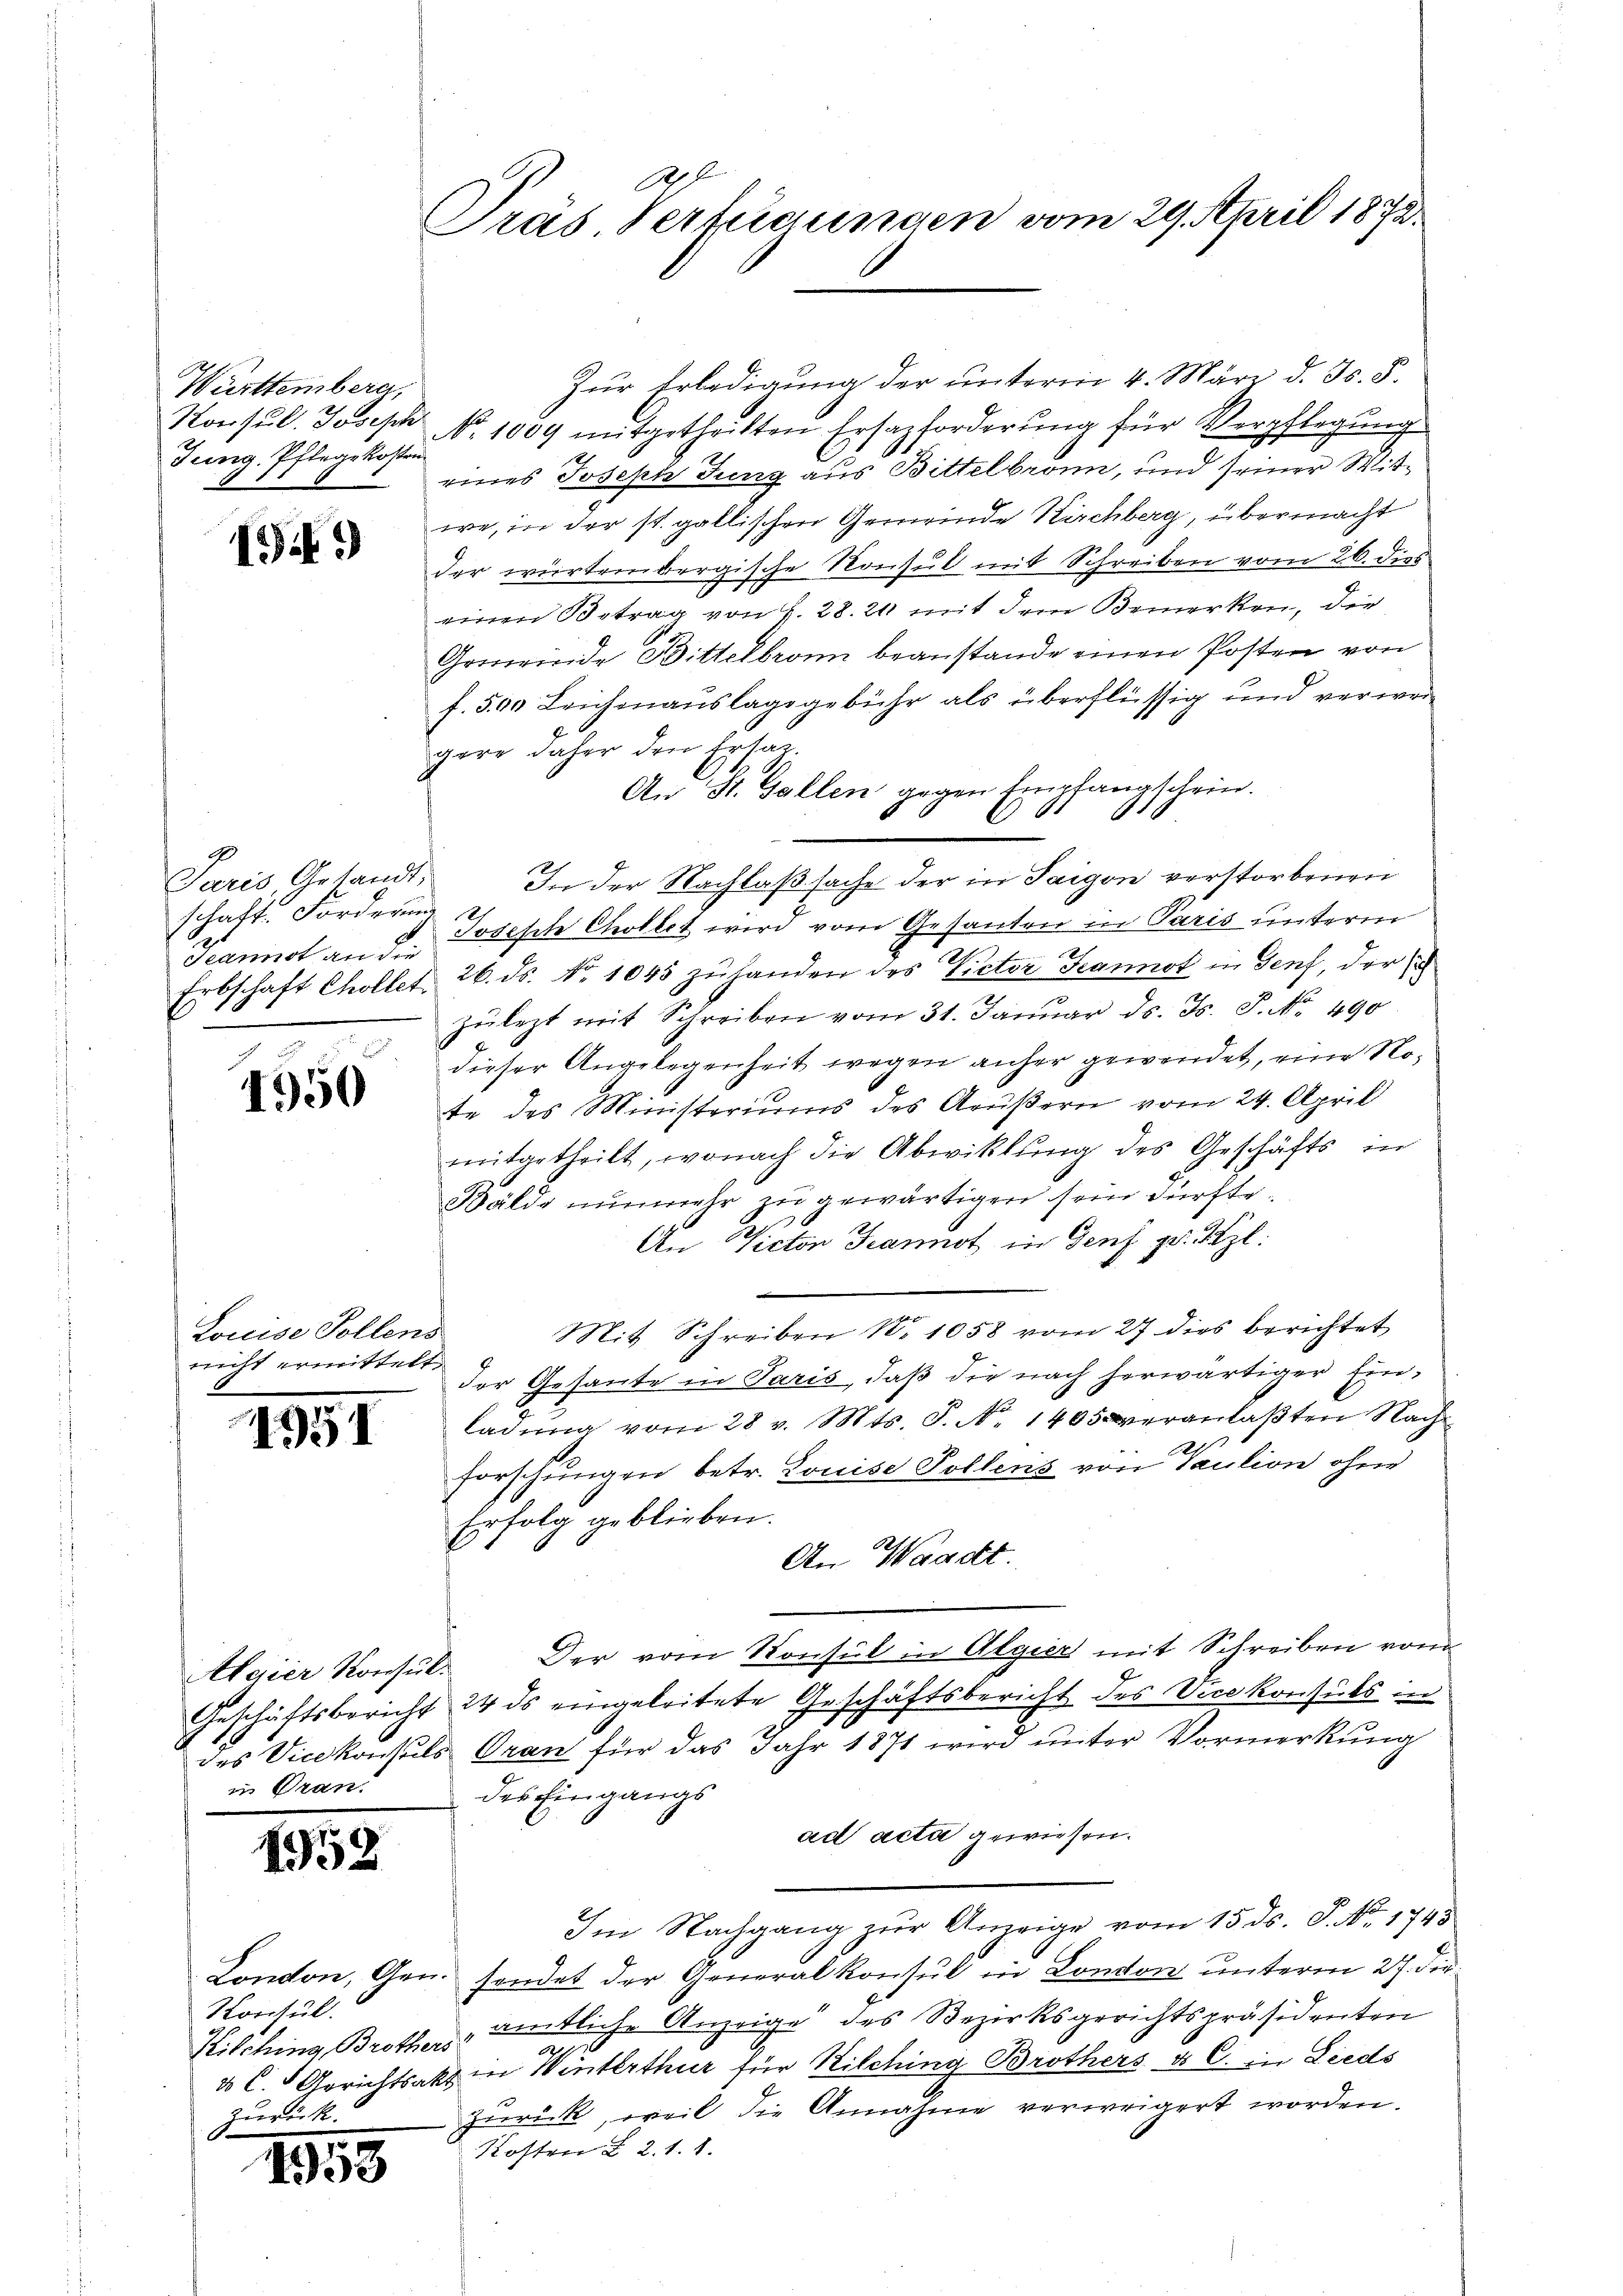
Württemberg,
Konsul, Joseph
Jung. Pflege kosten

19)

Paris Gesandt,
schafte Fordern
Grannot an die

4950

Louise Sollens
nicht ermittelt.

1951

Aleier Konsulin Gran

1958

Konsul.
Zurück.

159

2f
Präs Verfügungen vom 29. April 1872.

Zur Erledigung der unterm 4. März d. Js. 5.
No. 1009 mitgetheilten Ersazforderŭng für Verpflegŭng
eines Joseph Jung aus Bittelbronn, und seiner Wittwe, in der st. gallischen Gemeinde Kirchberg, übermacht
der würtembergische Konsul mit Schreiben vom 26. dies
einen Betrag von S. 28. 20 mit dem Bemerken, die
Gemeinde Bittelbronn beanstande einen Posten von
f. 590 Leichenauslagsgebühr als überflüssig und verwergere daher den Ersat
A.d St. Gallen gegen Empfangschein.
In der Nachlaßsache der in Saigon verstorbenen
ach 12.
Joseph Chollet wird vom Gesanten in Paris unterm
Erbschaft Chollet, 26. ds. No. 1045 zŭ handen des Victor Jeannot in Genf, der sich
zŭlezt mit Schreiben vom 31. Januar d. Js. S. No. 490
dieser Angelegenheit wegen anher gewendet, eine Note des Ministeriums des Aeußern vom 24. April
mitgetheilt, wonach die Abwicklung des Geschäfts in
Bälde nunmehr zu gewärtigen sein dürfte.
An Victor Jeannot in Genf pr. Kzl:
Mit Schreiben No 1058 vom 27 dies berichtet
der Gesante in Paris, daß die nach herwärtiger Einladung vom 28 v. Mts. S. No 1405 veranlaßten Nach
.
forschungen betr. Louise Pollens von Saution ohne
Erfolg geblieben.
An Waadt.
Der vom Konsul in Algier mit Schreiben vom
Geschäftsbericht 24 ds eingeleitete Geschäftsbericht des Vicekonsuls in
des Vicekonsuls Oran für das Jahr 1871 wird unter Vormerkung
des Eingangs
ad acta gewiesen.
Im Nachgang zur Anzeige vom 15. ds. S. No. 1745
London, Gen. sendet der Generalkonsul in London unterm 27. die
Kilching Brott. amtliche Anzeige des Bezirksgerichtspräsidenten
o
u C. Gerichtsakt in Winterthur für Kilching Brothers à C. in Lieds
zurück, weil die Annahme verweigert worden.
Kosten §. 2. 1. 1.